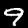
Digit: 9